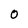
Character: O